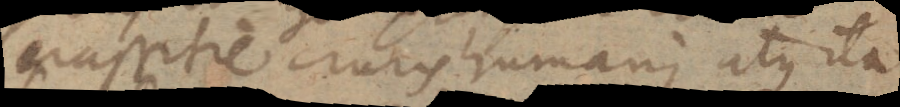
crassitie cruris humani, atque ita